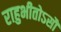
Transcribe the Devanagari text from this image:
राहुभीतोऽसौ